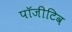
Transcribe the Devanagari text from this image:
पॉजीटिव